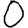
Digit: 0